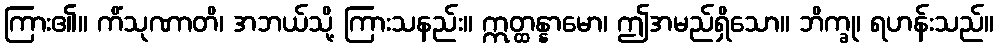
ကြား၏။ ကိံသုဏာတိ၊ အဘယ်သို့ ကြားသနည်း။ ဣတ္ထန္နာမော၊ ဤအမည်ရှိသော။ ဘိက္ခု၊ ရဟန်းသည်။